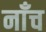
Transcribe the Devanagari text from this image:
नाँच